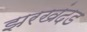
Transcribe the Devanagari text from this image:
झरखंदड